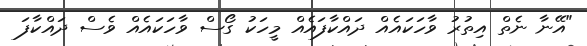
"އޭނާ ނެތް އިތުރު ވާހަކައެއް ދައްކާފައެއް މީހަކު ގޯސް ވާހަކައެއް ވެސް ދައްކާފަ